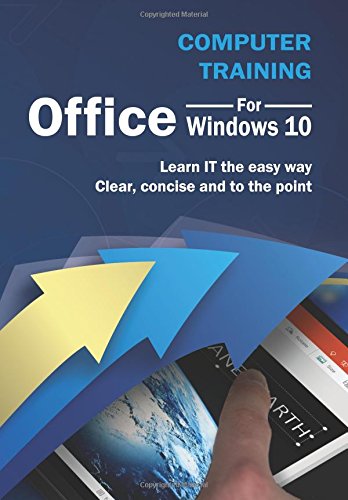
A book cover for Computer Training: Office for Windows 10; Kevin Wilson; Computers & Technology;